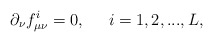
\begin{align*}\partial _\nu f_{\mu \nu }^i=0,\;\;\;\;\;i=1,2,...,L, \end{align*}